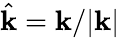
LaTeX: \hat{\mathbf{k}}=\mathbf{k}/\lvert\mathbf{k}\rvert